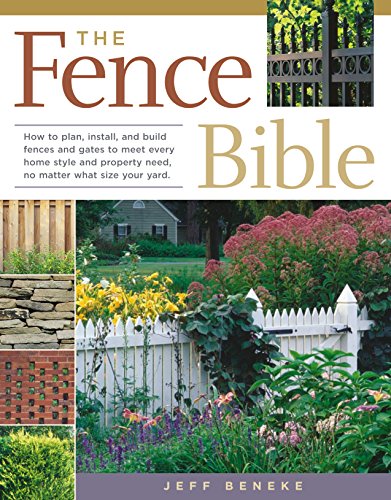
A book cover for The Fence Bible: How to plan, install, and build fences and gates to meet every home style and property need, no matter what size your yard.; Jeff Beneke; Crafts, Hobbies & Home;